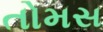
તોમસ